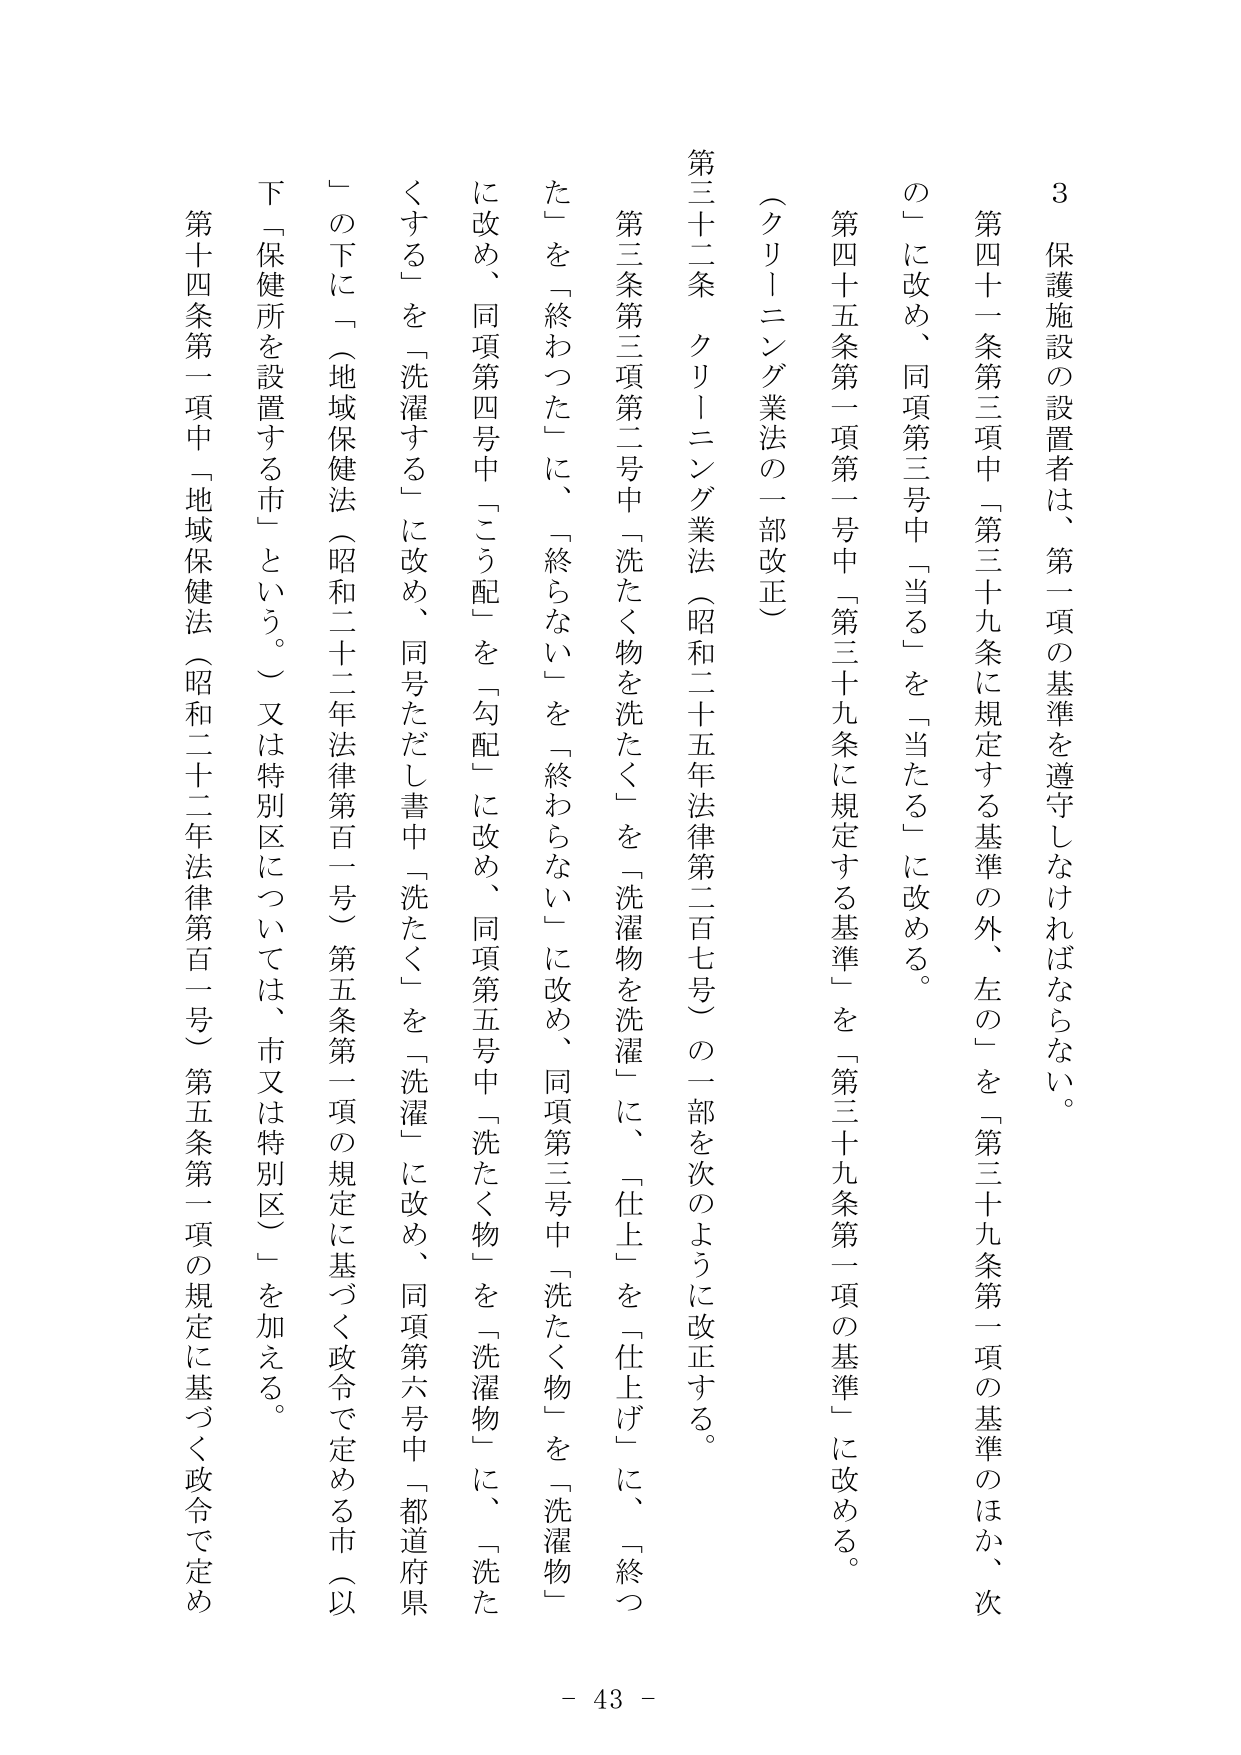
3 保護施設の設置者は、第二項の基準を遵守しなければならない。

第四十一条第三項中「第三十九条に規定する基準の外、左の」を「第三十九条第一項の基準のほか、次の」に改め、同項第三号中「当る」を「当たる」に改める。

第四十五条第一項第一号中「第三十九条に規定する基準」を「第三十九条第一項の基準」に改める。

（クリーニング業法の一部改正）

第三十二条 クリーニング業法（昭和二十五年法律第二百七号）の一部を次のように改正する。

第三条第三項第二号中「洗たく物を洗たく」を「洗濯物を洗濯」に、「仕上」を「仕上げ」に、「終った」を「終わった」に、「終らない」を「終わらない」に改め、同項第三号中「洗たく物」を「洗濯物」に改め、同項第四号中「こう配」を「勾配」に改め、同項第五号中「洗たく物」を「洗濯物」に、「洗たくする」を「洗濯する」に改め、同号ただし書中「洗たく」を「洗濯」に改め、同項第六号中「都道府県」の下に「（地域保健法（昭和二十二年法律第百一号）第五条第一項の規定に基づく政令で定める市（以下「保健所を設置する市」という。）又は特別区については、市又は特別区）」を加える。

第十四条第一項中「地域保健法（昭和二十二年法律第百一号）第五条第一項の規定に基づく政令で定める

- 43 -